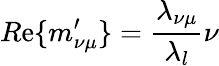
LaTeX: R\mathrm{e}\{ m_{\nu\mu}^{\prime}\} =\frac{{\lambda_{\nu\mu}}}{{\lambda_{l}}}\nu